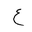
Letter: _ayn